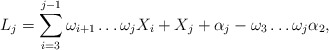
\begin{align*}L_j &= \sum_{i=3}^{j-1} \omega_{i+1}\dots \omega_j X_i + X_j + \alpha_j -\omega_3 \dots \omega_j \alpha_2,\end{align*}